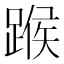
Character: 𨂸